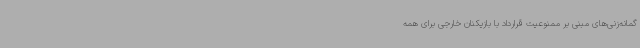
گمانه‌زنی‌های مبنی بر ممنوعیت قرارداد با بازیکنان خارجی برای همه